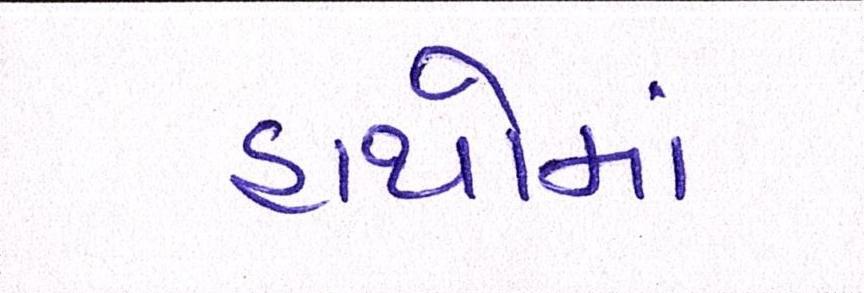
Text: હાથોમાં